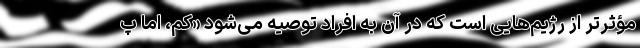
مؤثرتر از رژیم‌هایی است که در آن به افراد توصیه می‌شود «کم، اما پ